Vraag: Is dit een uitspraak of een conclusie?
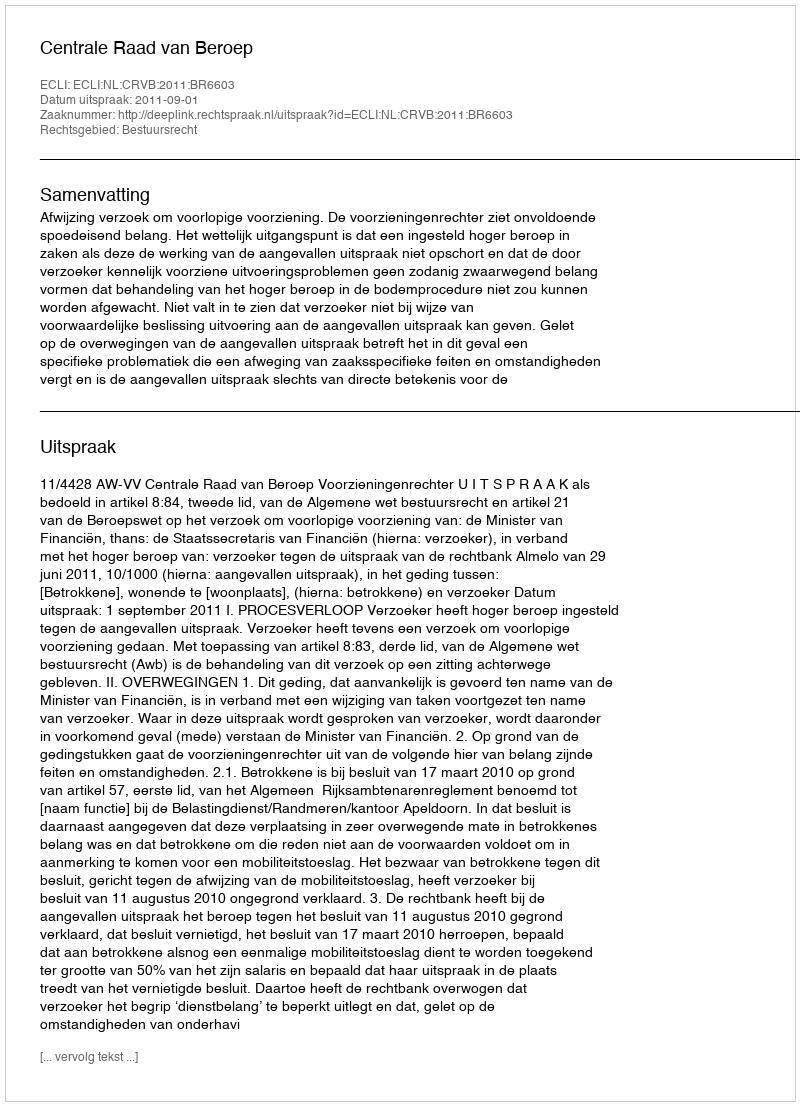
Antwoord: Uitspraak